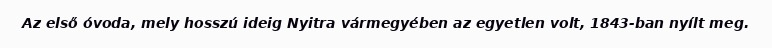
Az első óvoda, mely hosszú ideig Nyitra vármegyében az egyetlen volt, 1843-ban nyílt meg.